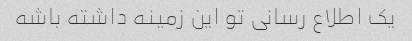
یک اطلاع رسانی تو این زمینه داشته باشه